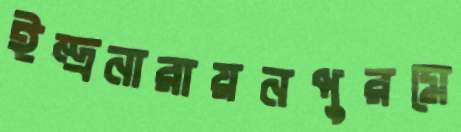
ইন্দ্রনারায়নপুরমে